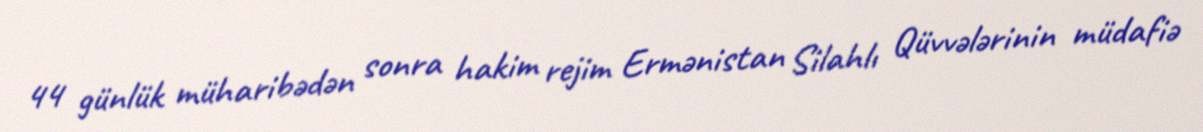
44 günlük müharibədən sonra hakim rejim Ermənistan Silahlı Qüvvələrinin müdafiə